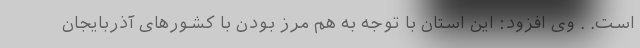
است. . وی افزود: این استان با توجه به هم مرز بودن با کشورهای آذربایجان